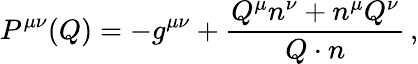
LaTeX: P^{\mu\nu}(Q)=-g^{\mu\nu}+\frac{Q^{\mu}n^{\nu}+n^{\mu}Q^{\nu}}{Q\cdot n}\, ,